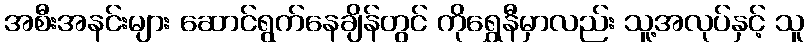
အစီးအနင်းများ ဆောင်ရွက်နေချိန်တွင် ကိုရွှေနီမှာလည်း သူ့အလုပ်နှင့် သူ